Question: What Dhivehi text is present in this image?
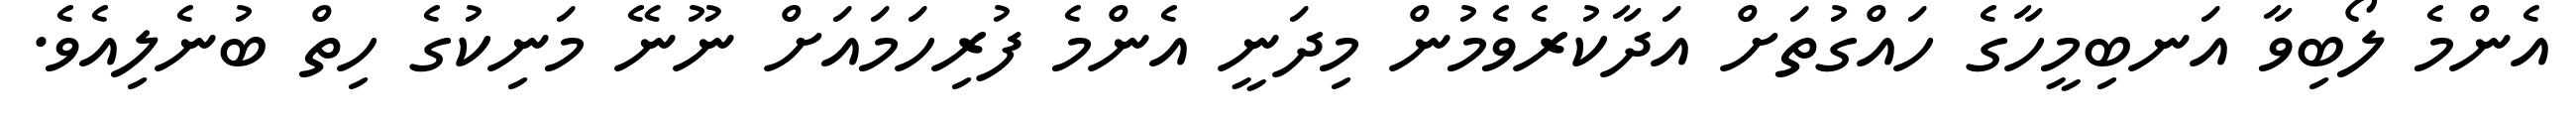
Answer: އެންމެ ލޯބިވާ އަނބިމީހާގެ ހައްގުތަށް އަދާކުރެވެމުން މިދަނީ އެންމެ ފުރިހަމައަށް ނޫނޭ މަނިކުގެ ހިތް ބުނެލިއެވެ.